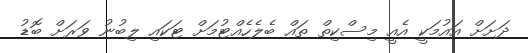
ދަށަށް އައުމަކީ އެއީ މިސްކިތް ތައް ބެލެހެއްޓުމަށް ޓަކައި ލިބުނު ވަރަށް ބޮޑު